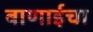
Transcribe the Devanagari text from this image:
बाणाईचा